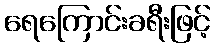
ရေကြောင်းခရီးဖြင့်